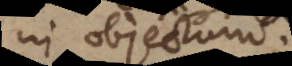
in objectum.